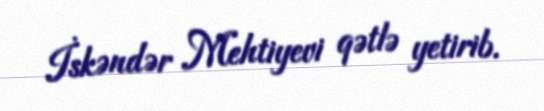
İskəndər Mehtiyevi qətlə yetirib.